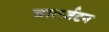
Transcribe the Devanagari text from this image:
चार्ल्ज़टन